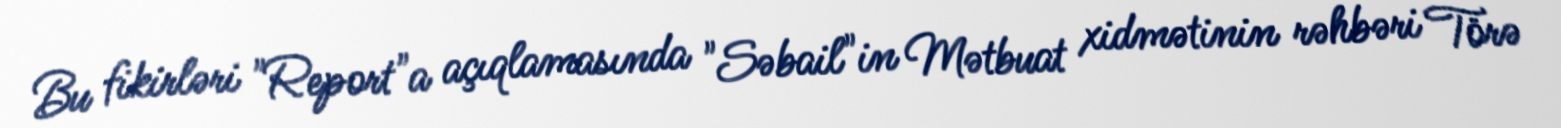
Bu fikirləri "Report"a açıqlamasında "Səbail"in Mətbuat xidmətinin rəhbəri Törə